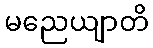
မညေယျာတိ